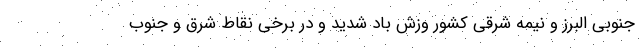
جنوبی البرز و نیمه شرقی کشور وزش باد شدید و در برخی نقاط شرق و جنوب